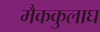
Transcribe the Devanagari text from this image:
मैककुलाघ